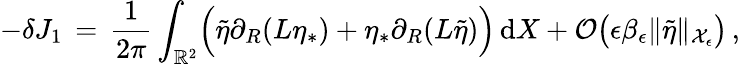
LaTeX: -\delta J_{1}\, =\, \frac{1}{2\pi}\int_{\mathbb{R}^{2}}\Bigl(\tilde{\eta}\partial_{R}(L\eta_{*})+\eta_{*}\partial_{R}(L\tilde{\eta})\Bigr)\, \mathrm{d}X+\mathcal{O}\bigl(\epsilon\beta_{\epsilon}\| \tilde{\eta}\| _{\mathcal{X}_{\epsilon}}\bigr)\, ,